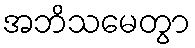
အဘိသမေတွာ